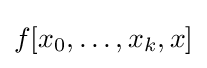
f[x_{0},\ldots ,x_{k},x]